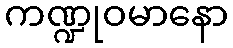
ကဏ္ဍုဝမာနော